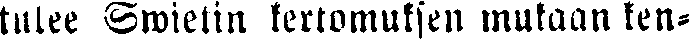
tulee Swietin kertomuksen mukaan ken-